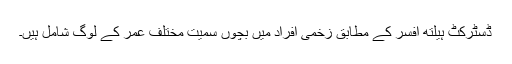
ڈسٹرکٹ ہیلتھ افسر کے مطابق زخمی افراد میں بچوں سمیت مختلف عمر کے لوگ شامل ہیں۔